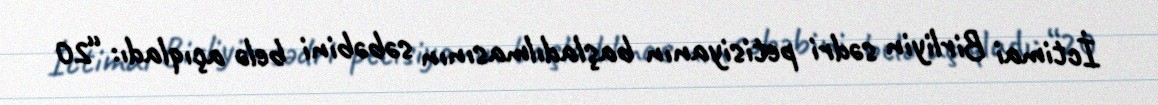
İctimai Birliyin sədri petisiyanın başladılmasının səbəbini belə açıqladı: “20